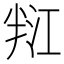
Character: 𭁑